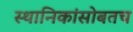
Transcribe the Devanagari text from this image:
स्थानिकांसोबतच